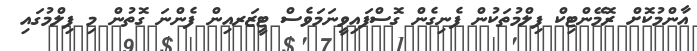
އާންމުކޮށް ރޮމޭންޓިކް ފިލްމުތަކުން ފެނިގެން ގޮސްފައިވީނަމަވެސް ޓީޒަރއިން ފެންނަ ގޮތުން މި ފިލްމުގައި